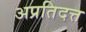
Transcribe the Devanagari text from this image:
अप्रतिदत्त